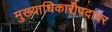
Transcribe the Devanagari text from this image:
मुख्याधिकारीपदावर